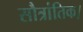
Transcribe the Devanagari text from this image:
सौत्रांतिक।